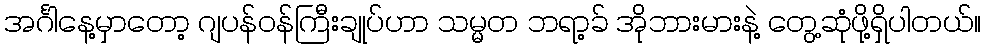
အင်္ဂါနေ့မှာတော့ ဂျပန်ဝန်ကြီးချုပ်ဟာ သမ္မတ ဘရာ့ခ် အိုဘားမားနဲ့ တွေ့ဆုံဖို့ရှိပါတယ်။